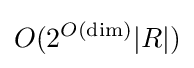
O(2^{O({\text{dim}})}|R|)